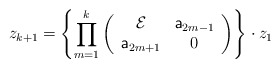
\begin{align*}z_{k+1}=\left\{\prod_{m=1}^{k}\left( \begin{array}{cc}{\cal E} & {\sf a}_{2m-1}\\ {\sf a}_{2m+1} & 0\\ \end{array} \right)\right\}\cdot z_1\end{align*}